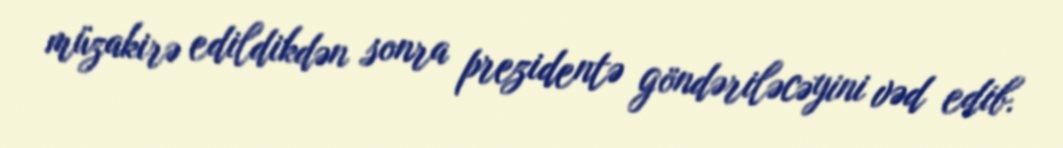
müzakirə edildikdən sonra prezidentə göndəriləcəyini vəd edib.